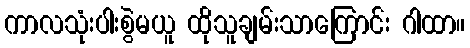
ကာလသုံးပါးစွဲမယူ ထိုသူချမ်းသာကြောင်း ဂါထာ။